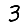
Digit: 3